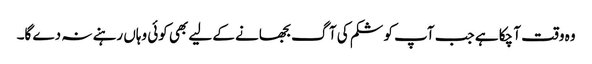
وہ وقت آ چکا ہے جب آپ کو شکم کی آگ بجھانے کے لیے بھی کوئی وہاں رہنے نہ دے گا۔